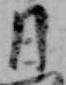
日